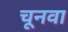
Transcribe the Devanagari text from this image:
चूनवा